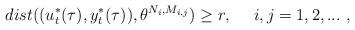
LaTeX: \begin{align*}dist ((u^*_t(\tau) , y^*_t(\tau)), \theta^{N_i, M_{i,j}})\geq r , \ \ \ \ i, j= 1,2,... \ ,\end{align*}